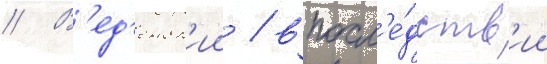
// В'ед'енск'ии / впосл'е́дств'ии